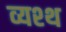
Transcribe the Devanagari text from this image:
व्यश्थ